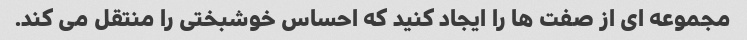
مجموعه ای از صفت ها را ایجاد کنید که احساس خوشبختی را منتقل می کند.